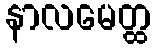
နာလမေတ္ထ